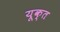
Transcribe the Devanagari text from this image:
यूक्त